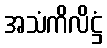
အသံကိလိဋ္ဌံ